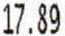
17.89